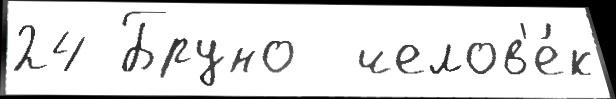
24 Бруно  челов'е́к